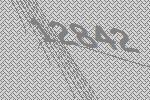
12842